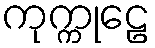
ကုက္ကုဠေ